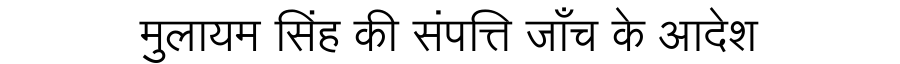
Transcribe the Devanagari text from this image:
मुलायम सिंह की संपत्ति जाँच के आदेश